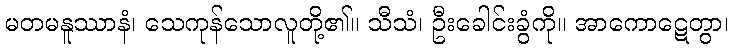
မတမနူဿာနံ၊ သေကုန်သောလူတို့၏။ သီသံ၊ ဦးခေါင်းခွံကို။ အာကောဋေတွာ၊